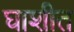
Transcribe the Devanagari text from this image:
घाशीत